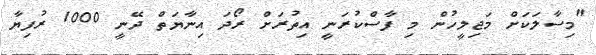
"މިސާލަކަށް މަޖިލީހުން މި ފާސްކުރަނީ އިތުރަށް ރޯދަ އިނާޔަތް ދޭނީ 1000 ރުފިޔާ